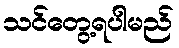
သင်တွေ့ရပါမည်